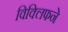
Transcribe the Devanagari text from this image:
विक्लिफने